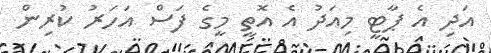
އަދި އެ ޕާޓީ މިއަދު އެ އޮތީ މީގެ ފަސް އަހަރު ކުރިން